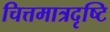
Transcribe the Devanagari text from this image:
चित्तमात्रदृष्टि